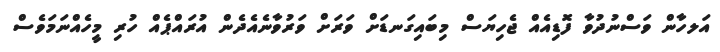
އަލހާން ވަސްނުދުވާ ފޮޑިއެއް ޖެހިޔަަސް މިބައިގަނޑަށް ވަރަށް ވަރުވާނެއެދެން އުރައްޕެއް ހުރި މީހެއްނަމަވެސް